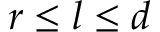
r \leq l \leq d